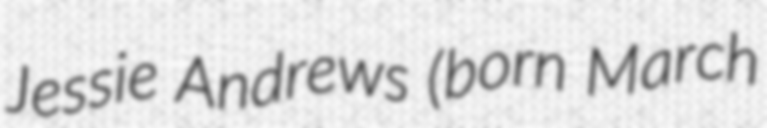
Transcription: Jessie Andrews (born March